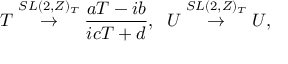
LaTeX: T \stackrel { S L ( 2 , Z ) _ { T } } { \rightarrow } \frac { a T - i b } { i c T + d } , \; \; U \stackrel { S L ( 2 , Z ) _ { T } } { \rightarrow } U ,